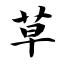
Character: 草